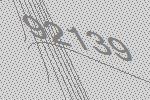
92139